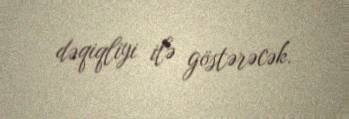
dəqiqliyi ilə göstərəcək.